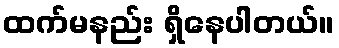
ထက်မနည်း ရှိနေပါတယ်။